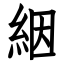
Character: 絪